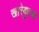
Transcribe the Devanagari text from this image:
खारेकुरण